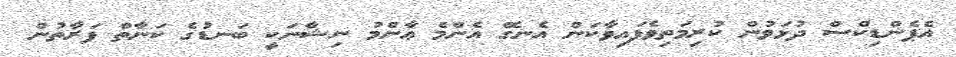
އެޕެންޑިކްސް ދުޅަވުން ކުރިމަތިވެފައިވާކަން އެނގޭ އެންމެ ޢާންމު ނިޝާނަކީ ބަނޑުގެ ކަނާތް ފަރާތުން